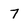
Character: 7